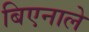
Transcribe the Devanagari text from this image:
बिएनाले